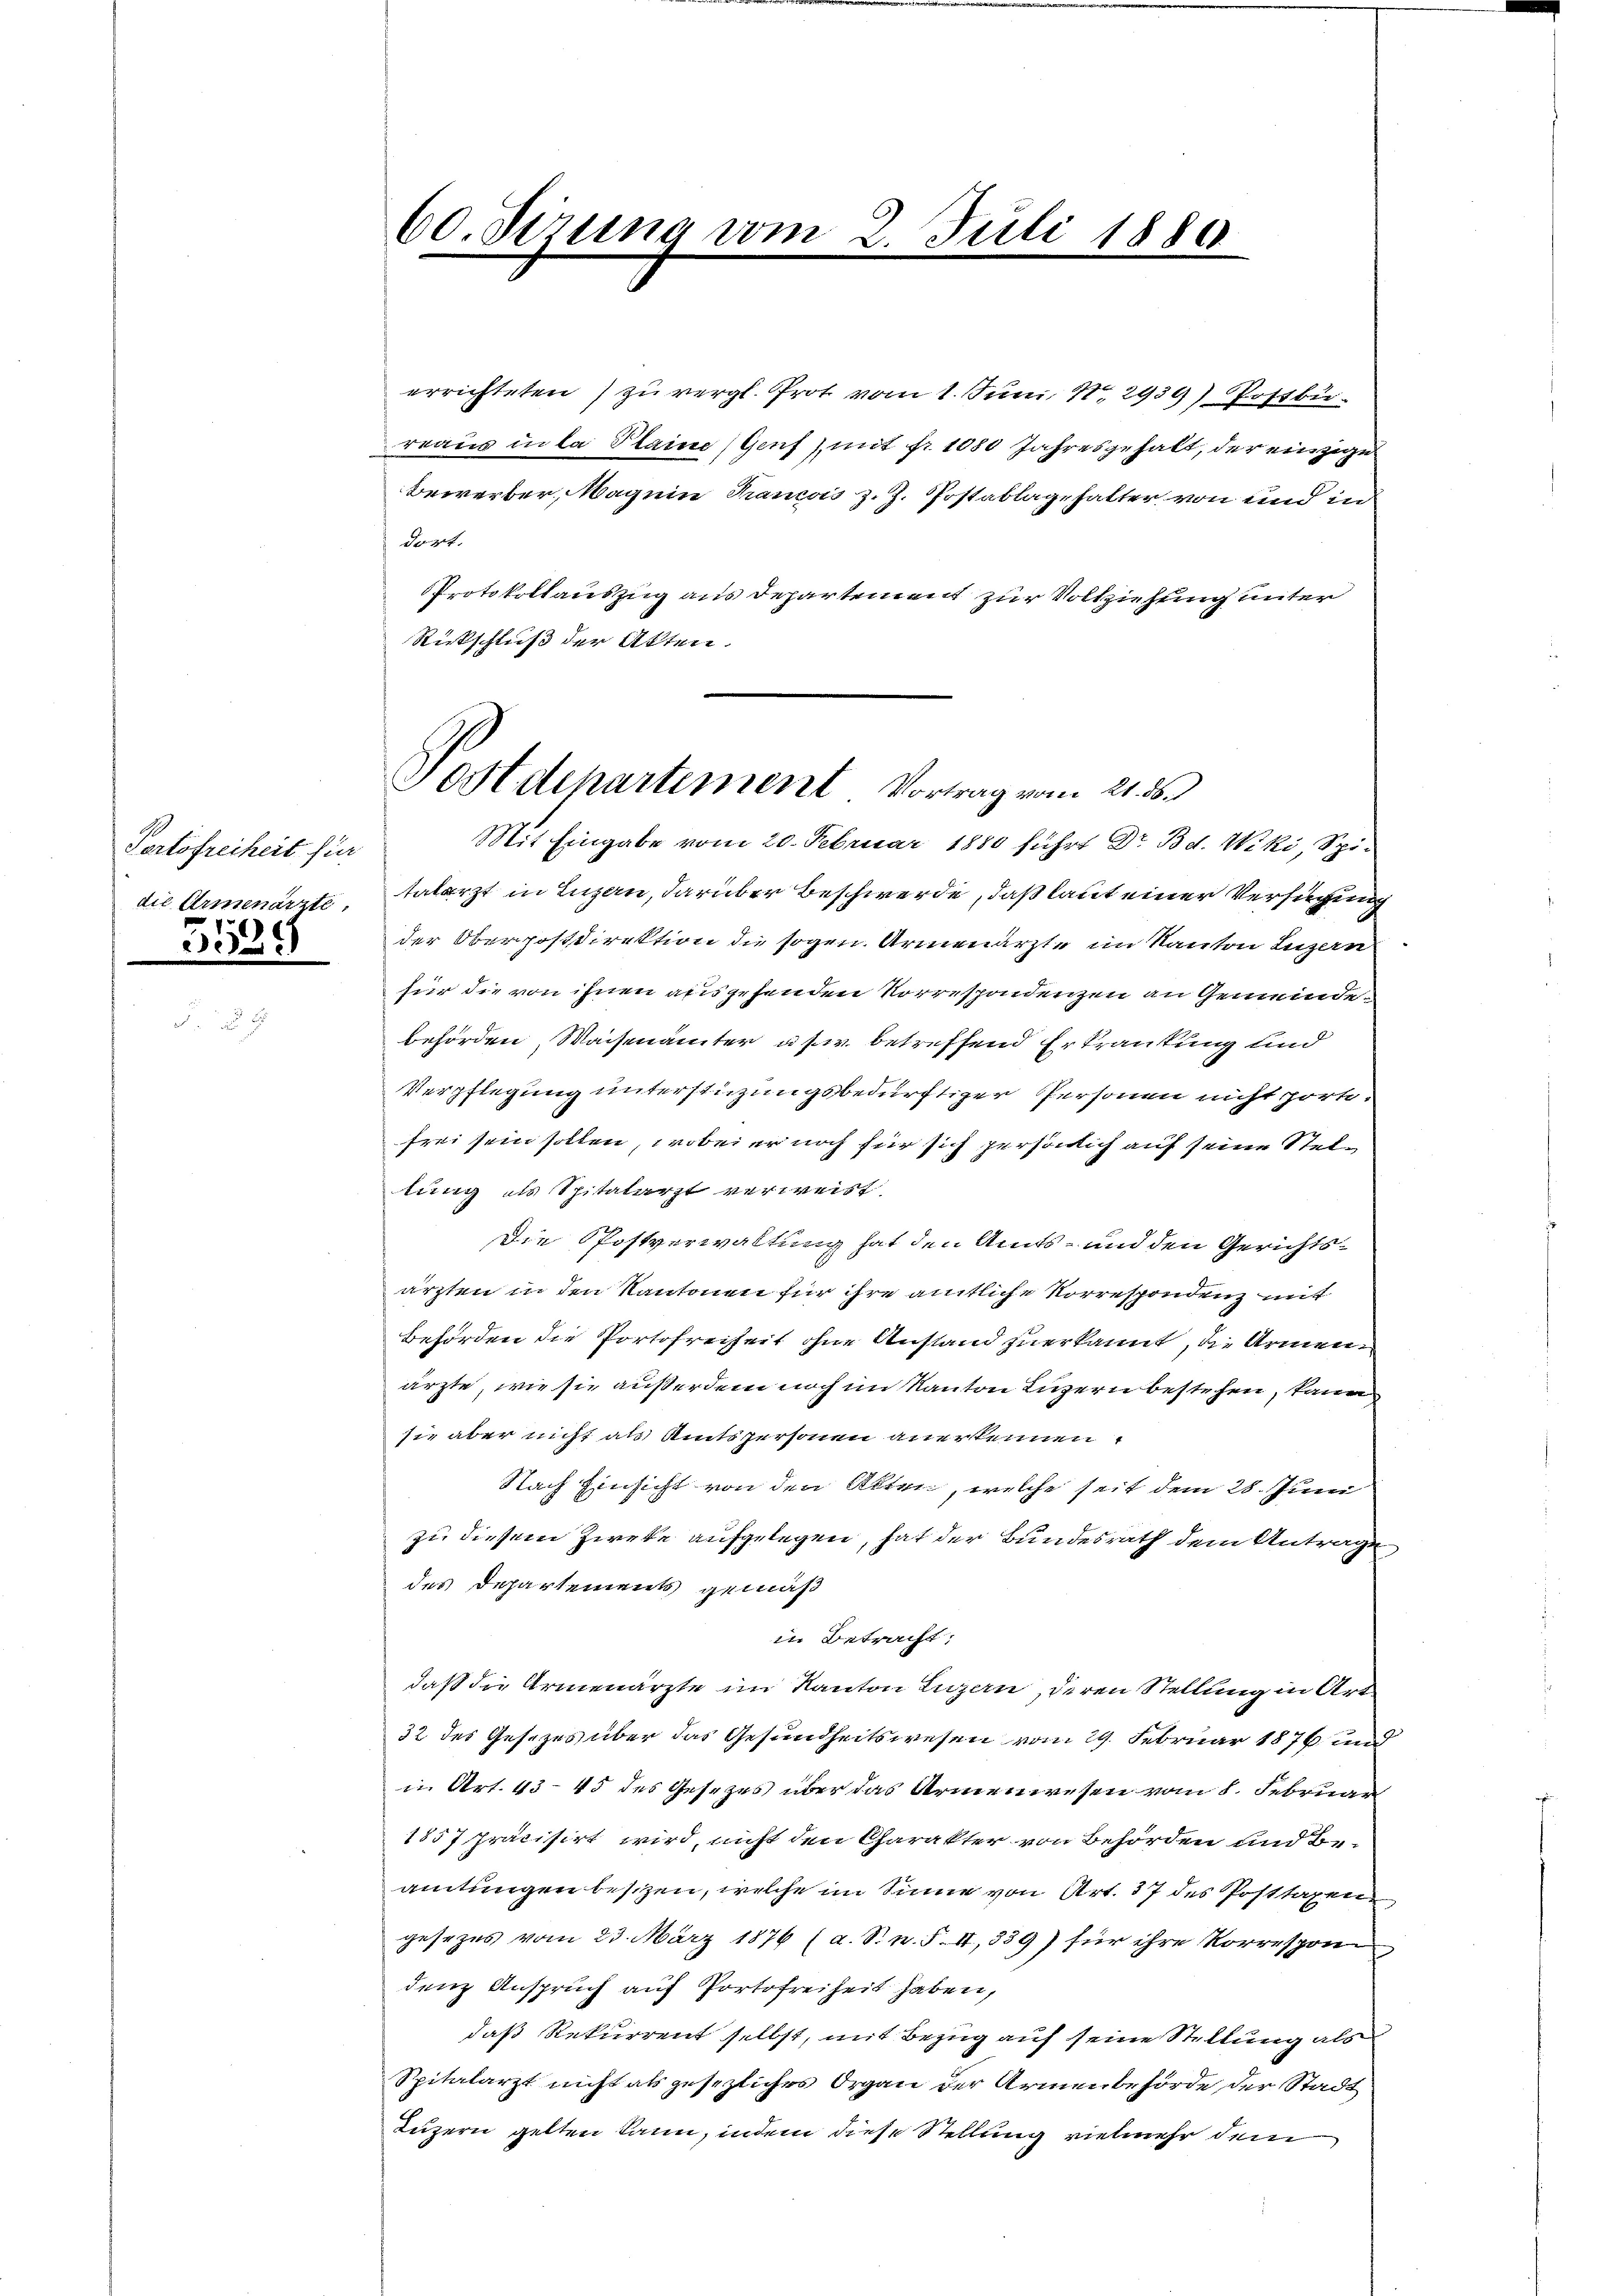
Portofreiheit für
3529

60. Sizung vom 2. Juli 1880
e

errichteten) zu vergl. Prot vom 1. Juni 18. 2939) Postbu-
reaus in la Plaine (Genf mit fr. 1080 Jahresgehalt, der einzige
bewerber, Magen Kranco z. J. Postablage hatter von und in
dort.
Protokollauszug aus Departement zur Vollziehung unter
Rückschluß der Akten.
Mit Eingabe vom 20. Februar 1880 führt Dr. Bd. Wiki, Spidie Armenärzte, talarzt in Luzan, darüber Beschwerde, daß laut einer Verfügung
der Oberpostdirektion die sogen Armenärzte im Kanton Luzern
für die von ihnen ausgehenden Korrespondenzen an Gemeindebehörden Waisenämter usw. betreffend Erkrankung und
Verpflegung unterstüzungsbedürftiger Personen nicht hört.
frei sein sollen, wobei er noch für sich persönlich auf seine Stellung als Spitalarzt verweist
Die Postverwaltung hat den Amts- und den Gerichtsärzten in den Kantonen für ihre amtliche Korrespondenz mit
Behörden die Portofreiheit ohne Anstand zuerkannt, die Armen
ärzte, wie sie außerdem noch im Kanton Luzern bestehen, kann
sie aber nicht als Amtspersonen anerkennen
Nach Einsicht von den Alten, welche seit dem 28. Juni
zu diesem Zirke aufgelegen, hat der Bundesrath dem Antrage
des Departements gemäß
in Betracht;
daß die Armenärzte im Kanton Luzern, deren Stellung in Art
32 des Gesezes über das Gesundheitswesen vom 29. Februar 1876 und
in Art. 43-45 des Gesezes über das Armenwesen vom 8. Februar
1857 präcisirt wird, nicht den Charakter von Behörden und Be
amtungen besizen, welche im Sinne von Art. 37 des Posttaxen
gesezes vom 23. März 1876 (a. S. n. F. II., 339) für ihre Korrespon
denz Anspruch auf Portofreiheit haben,
daß Rekurrent selbst, mit Bezug auf seine Stellung als
Spitalarzt nicht als gesezliches Organ der Armenbehörde der Stadt
Luzern gelten kann, indem diese Stellung vielmehr dem

Postdepartement Vortrag vom 21. d.